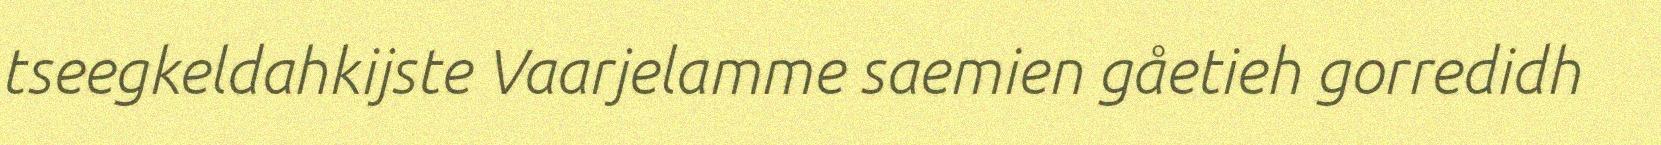
tseegkeldahkijste Vaarjelamme saemien gåetieh gorredidh